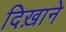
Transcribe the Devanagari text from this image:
दिख़ाने